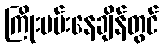
ကြိုးပမ်းနေချိန်တွင်